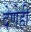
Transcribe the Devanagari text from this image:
देणेही